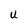
Character: U